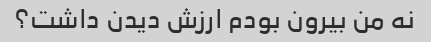
نه من بیرون بودم ارزش دیدن داشت؟